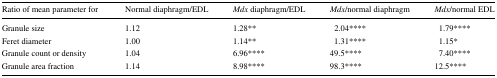
<table><thead><tr><td><b>Ratio of mean parameter for</b></td><td><b>Normal diaphragm/EDL</b></td><td><b><i>Mdx</i> diaphragm/EDL</b></td><td><b><i>Mdx</i>/normal diaphragm</b></td><td><b><i>Mdx</i>/normal EDL</b></td></tr></thead><tbody><tr><td>Granule size</td><td>1.12</td><td>1.28**</td><td>2.04****</td><td>1.79****</td></tr><tr><td>Feret diameter</td><td>1.00</td><td>1.14**</td><td>1.31****</td><td>1.15*</td></tr><tr><td>Granule count or density</td><td>1.04</td><td>6.96****</td><td>49.5****</td><td>7.40****</td></tr><tr><td>Granule area fraction</td><td>1.14</td><td>8.98****</td><td>98.3****</td><td>12.5****</td></tr></tbody></table>